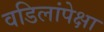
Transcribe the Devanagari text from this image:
वडिलांपेक्षा